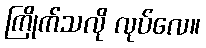
ကြိုက်သလို လုပ်လေ။